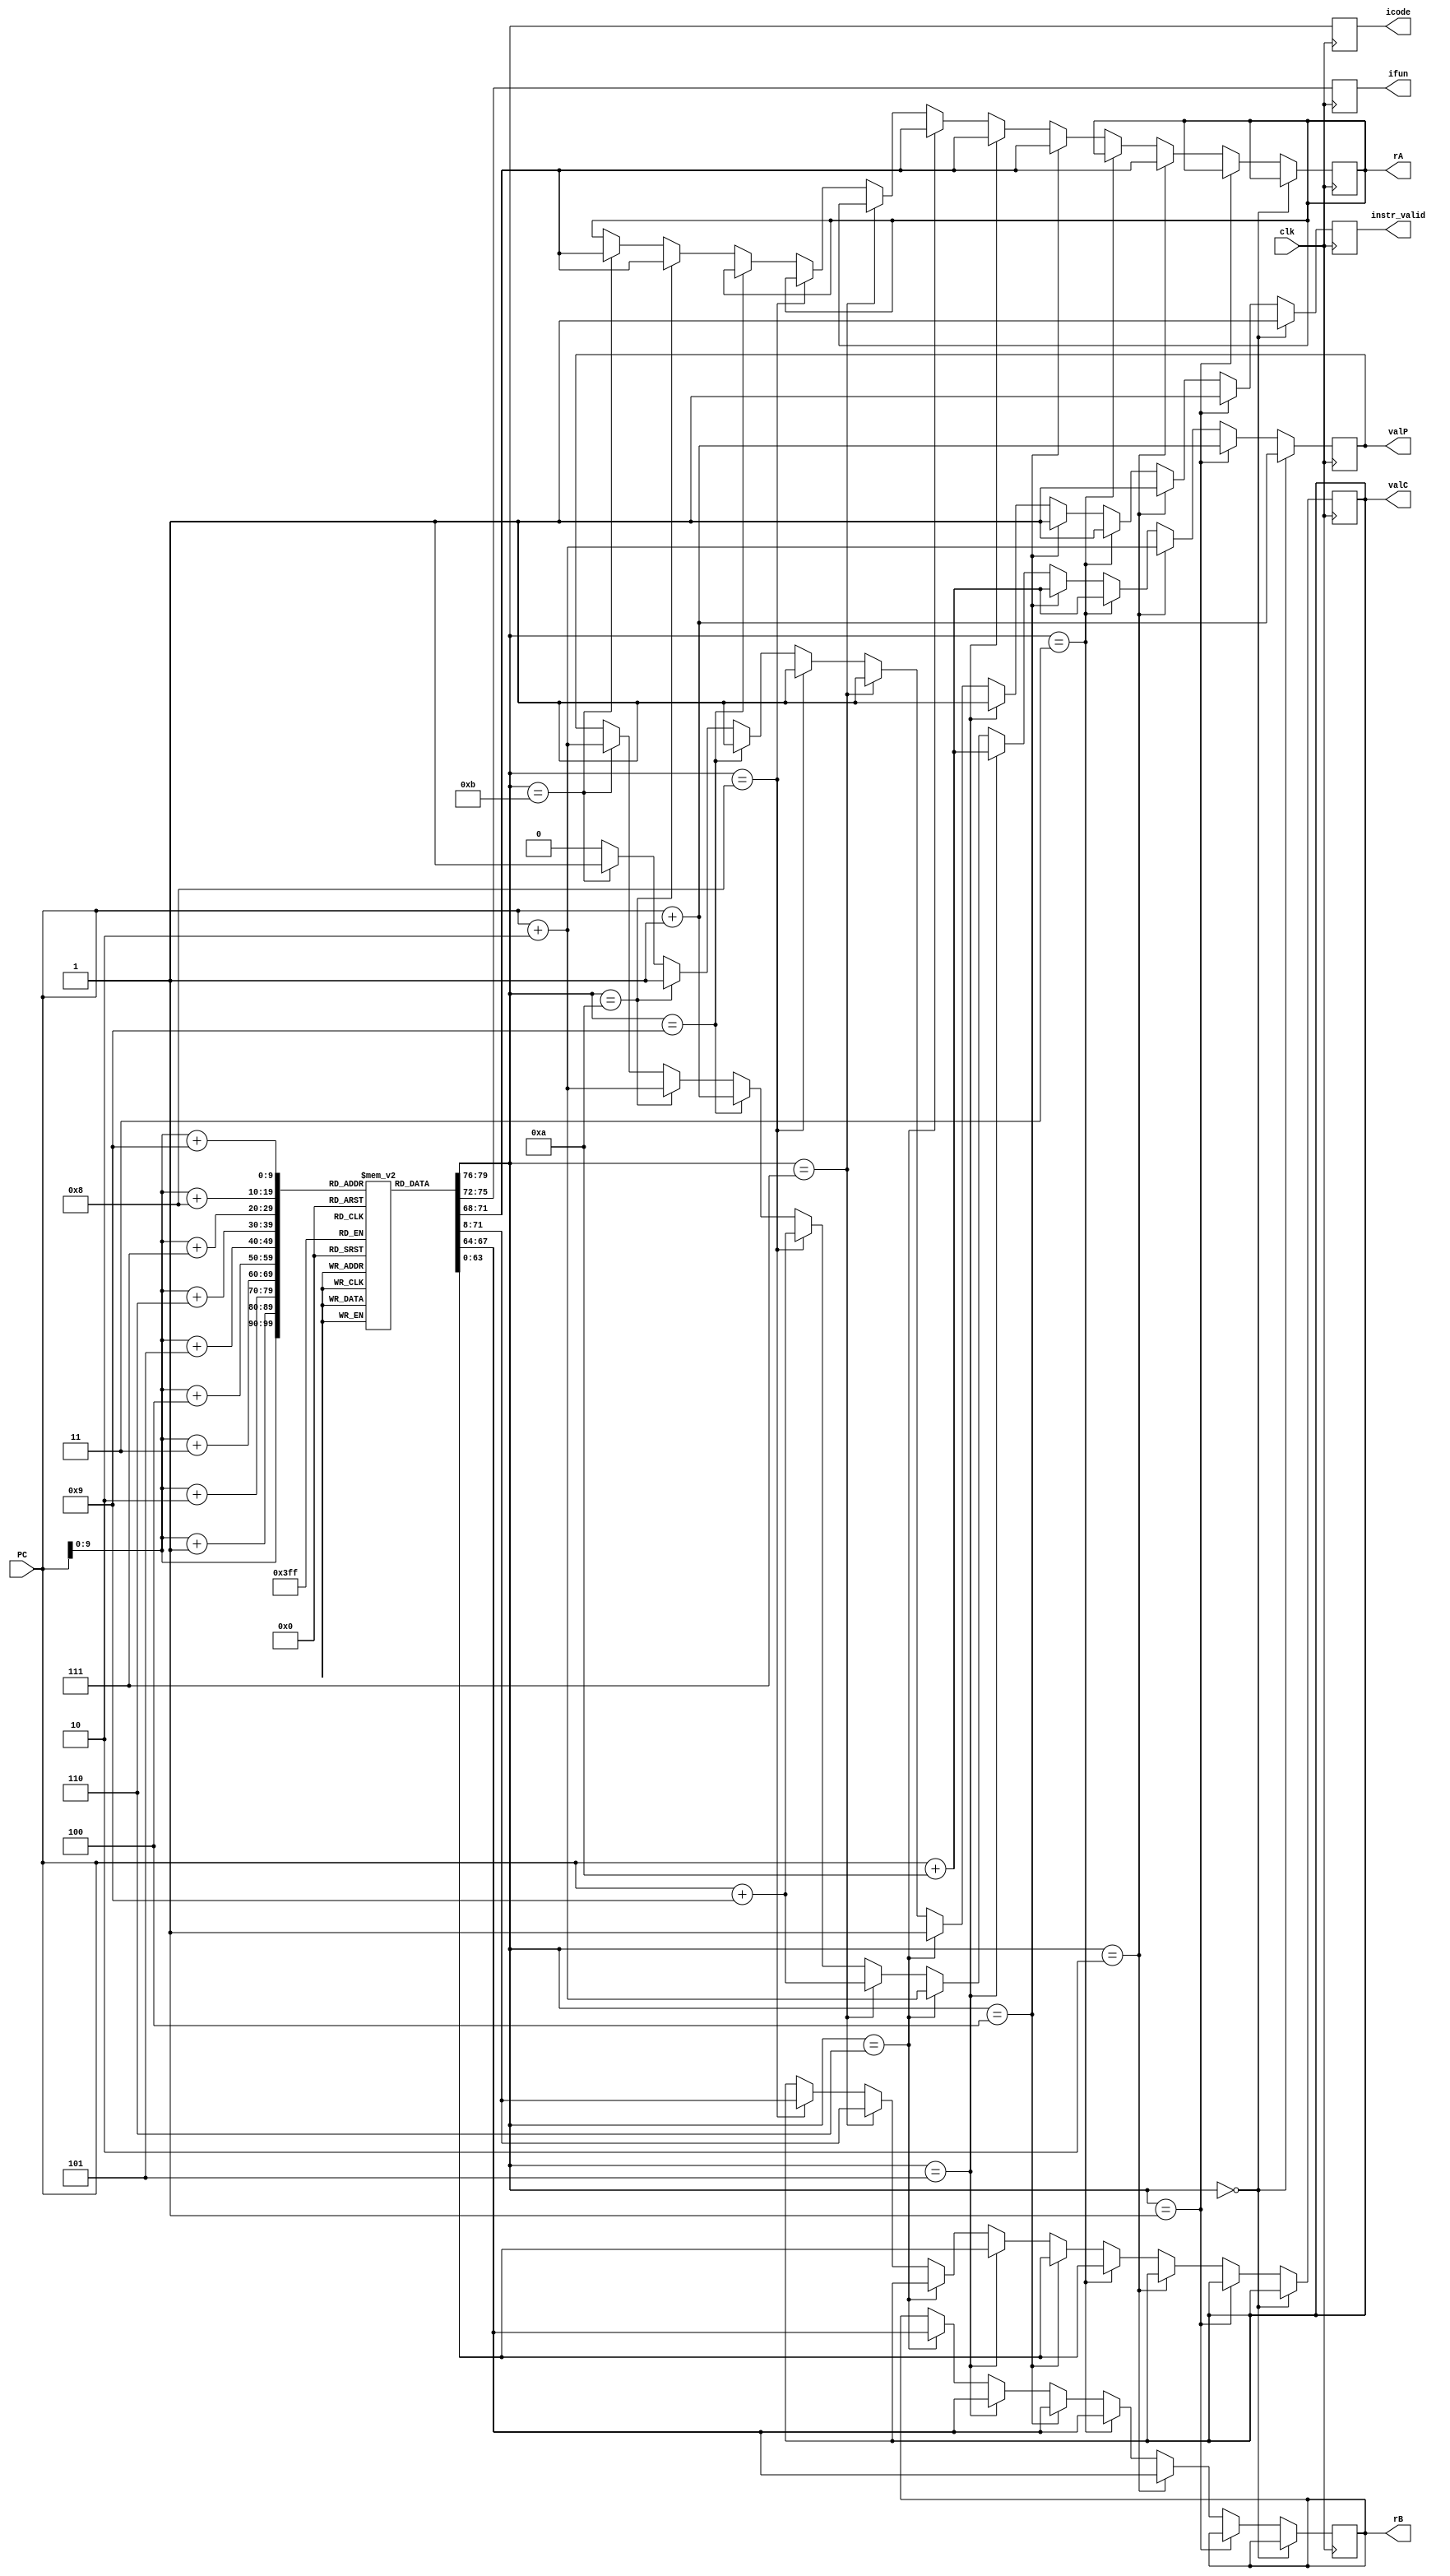
module fetch(clk,PC,icode,ifun,rA,rB,valC,valP,instr_valid);

  input clk;
  input [63:0] PC;
  output reg [3:0] icode;
  output reg [3:0] ifun;
  output reg [3:0] rA;
  output reg [3:0] rB; 
  output reg [63:0] valC;
  output reg [63:0] valP;
  output reg instr_valid;

  reg [7:0] instr_mem[0:1023];

  reg [0:79] instr;
  
  initial begin
  
 //irmovq $0x1, %rax
  instr_mem[0]=8'b00110000; //3 0
  instr_mem[1]=8'b00000000; //F rB=0
  instr_mem[2]=8'b00000000;           
  instr_mem[3]=8'b00000000;           
  instr_mem[4]=8'b00000000;           
  instr_mem[5]=8'b00000000;           
  instr_mem[6]=8'b00000000;           
  instr_mem[7]=8'b00000000;           
  instr_mem[8]=8'b00000000;          
  instr_mem[9]=8'b00000001; //V=1

  end
  
always@(posedge clk) 
  begin 

    instr = {instr_mem[PC],
             instr_mem[PC+1],
             instr_mem[PC+2],
             instr_mem[PC+3],
             instr_mem[PC+4],
             instr_mem[PC+5],
             instr_mem[PC+6],
             instr_mem[PC+7],
             instr_mem[PC+8],
             instr_mem[PC+9]};
    
    instr_valid=1'b1;
    icode = instr[0:3];
    ifun = instr[4:7];
    
    
    if(icode == 4'b0000)
      begin 
        valP = PC + 64'd1;
      end 
    
    
    else if(icode == 4'b0001)
      begin 
         valP = PC + 64'd1;
      end 
    
    
    else if(icode == 4'b0010)
      begin 
         
         valP = PC + 64'd2;
        rA = instr[8:11];
        rB = instr[12:15];
      end 
    
    
    else if(icode == 4'b0011)
      begin 
        valP = PC + 64'd10;
        rB = instr[12:15];
        valC = instr[16:79];
        
      end 
    
    
    else if(icode == 4'b0100)
      begin 
        valP = PC + 64'd10;
        rA = instr[8:11];
        rB = instr[12:15];
        valC = instr[16:79];
      end 
   
    else if(icode == 4'b0101)
      begin 
        valP = PC + 64'd10;
        rA = instr[8:11];
        rB = instr[12:15];
        valC = instr[16:79];
      end 
   
    else if(icode == 4'b0110)
      begin 
        valP = PC + 64'd2;
        rA = instr[8:11];
        rB = instr[12:15];
      end 
   
    else if(icode == 4'b0111)
      begin 
        valP = PC + 64'd9;
        valC = instr[8:71];
      end 
    
    else if(icode == 4'b1000)
      begin 
        valP = PC + 64'd9;
        valC = instr[8:71];
      end 
    
    
    else if(icode == 4'b1001)//return 
      begin 
        valP = PC + 64'd1;
      end 
    
    else if(icode == 4'b1010)//push
      begin 
      rA=instr[8:11];
      valP=PC+64'd2;
      end 
    
    else if(icode == 4'b1011)//pop
      begin 
       rA=instr[8:11];
       valP=PC+64'd2;
      end 
    
    else 
      begin 
         instr_valid=1'b0;
      end
  end
  endmodule